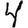
Digit: 4